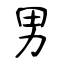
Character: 男